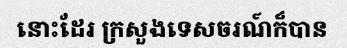
នោះដែរ ក្រសួងទេសចរណ៍ក៏បាន